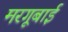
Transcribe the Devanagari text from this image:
मरगूबाई